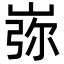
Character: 㟜